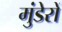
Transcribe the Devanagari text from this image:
मुंडेरों